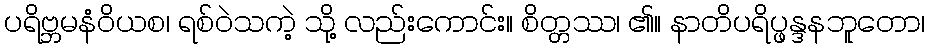
ပရိဗ္ဘမနံဝိယစ၊ ရစ်ဝဲသကဲ့ သို့ လည်းကောင်း။ စိတ္တဿ၊ ၏။ နာတိပရိပ္ဖန္ဒနဘူတော၊